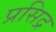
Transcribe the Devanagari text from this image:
प्रसिद्र